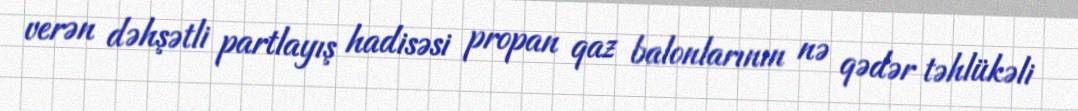
verən dəhşətli partlayış hadisəsi propan qaz balonlarının nə qədər təhlükəli